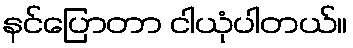
နင်ပြောတာ ငါယုံပါတယ်။